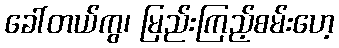
ခေါ်တယ်ကွ၊ မြည်းကြည့်စမ်းဟေ့